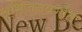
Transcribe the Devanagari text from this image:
अभिजनवर्गात